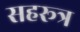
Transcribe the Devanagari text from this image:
सहरूत्र